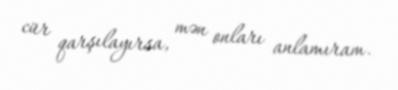
cür qarşılayırsa, mən onları anlamıram.